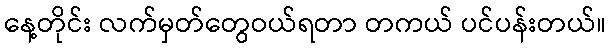
နေ့တိုင်း လက်မှတ်တွေဝယ်ရတာ တကယ် ပင်ပန်းတယ်။